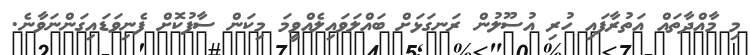
މި މާއްދާތައް އަތުރާފައި ހުރި އުސޫލުން ރަނގަޅަށް ބައްލަވައިލެއްވީމަ މިކަން ސާފުކޮށް ފެނިވަޑައިގަންނަވާނެ.